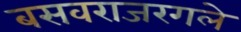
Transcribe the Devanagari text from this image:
बसवराजरगले